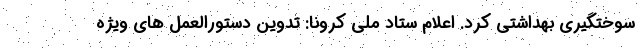
سوختگیری بهداشتی کرد. اعلام ستاد ملی کرونا: تدوین دستورالعمل های ویژه